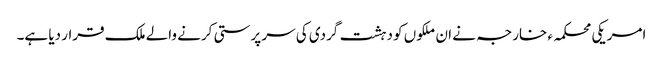
امریکی محکمہء خارجہ نے ان ملکوں کو دہشت گردی کی سر پرستی کرنے والے ملک قرار دیا ہے۔